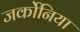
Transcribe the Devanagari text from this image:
जर्कोनिया